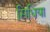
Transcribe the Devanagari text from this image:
सिधिया